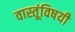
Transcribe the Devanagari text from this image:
वास्तूंविषयी